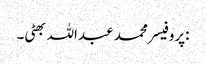
:پروفیسر محمد عبداللہ بھٹی۔